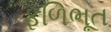
ફળિભૂત